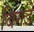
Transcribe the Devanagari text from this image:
बिगडे